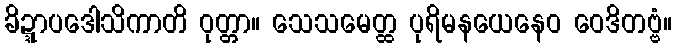
ခိဍ္ဍာပဒေါသိကာတိ ဝုတ္တာ။ သေသမေတ္ထ ပုရိမနယေနေဝ ဝေဒိတဗ္ဗံ။